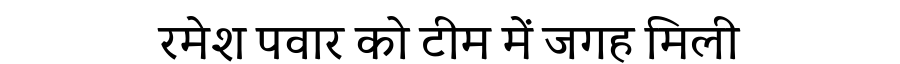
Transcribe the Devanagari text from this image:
रमेश पवार को टीम में जगह मिली